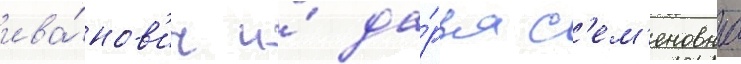
ива́нов'ич и́ да́рья с'ем'еновна